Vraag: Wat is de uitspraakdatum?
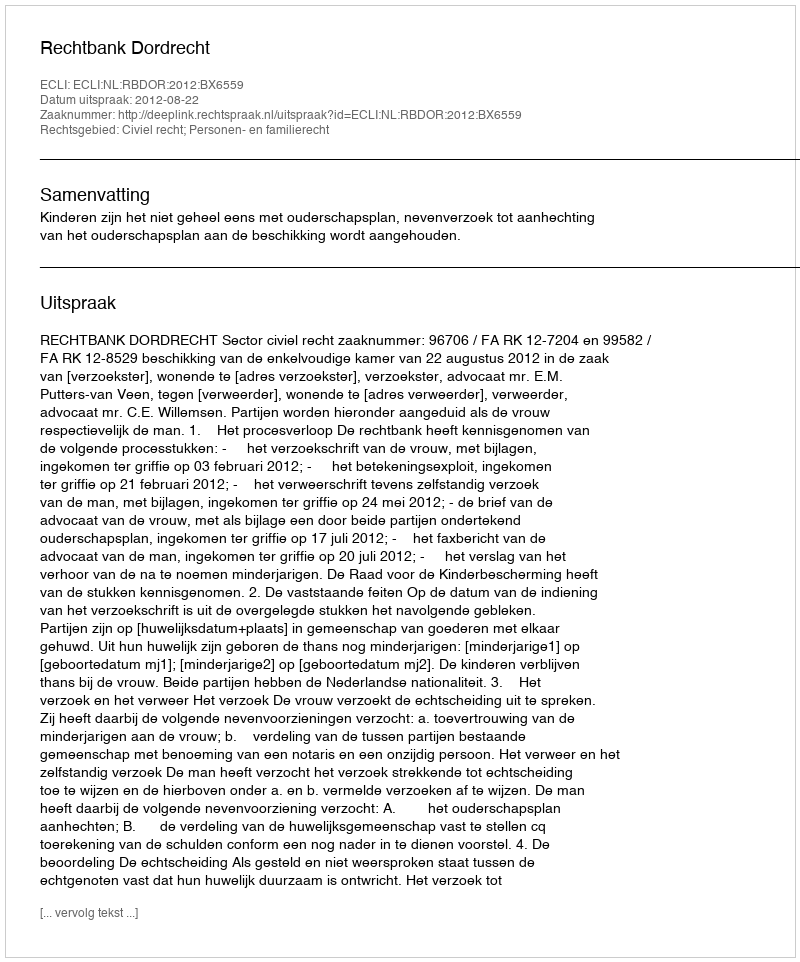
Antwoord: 2012-08-22